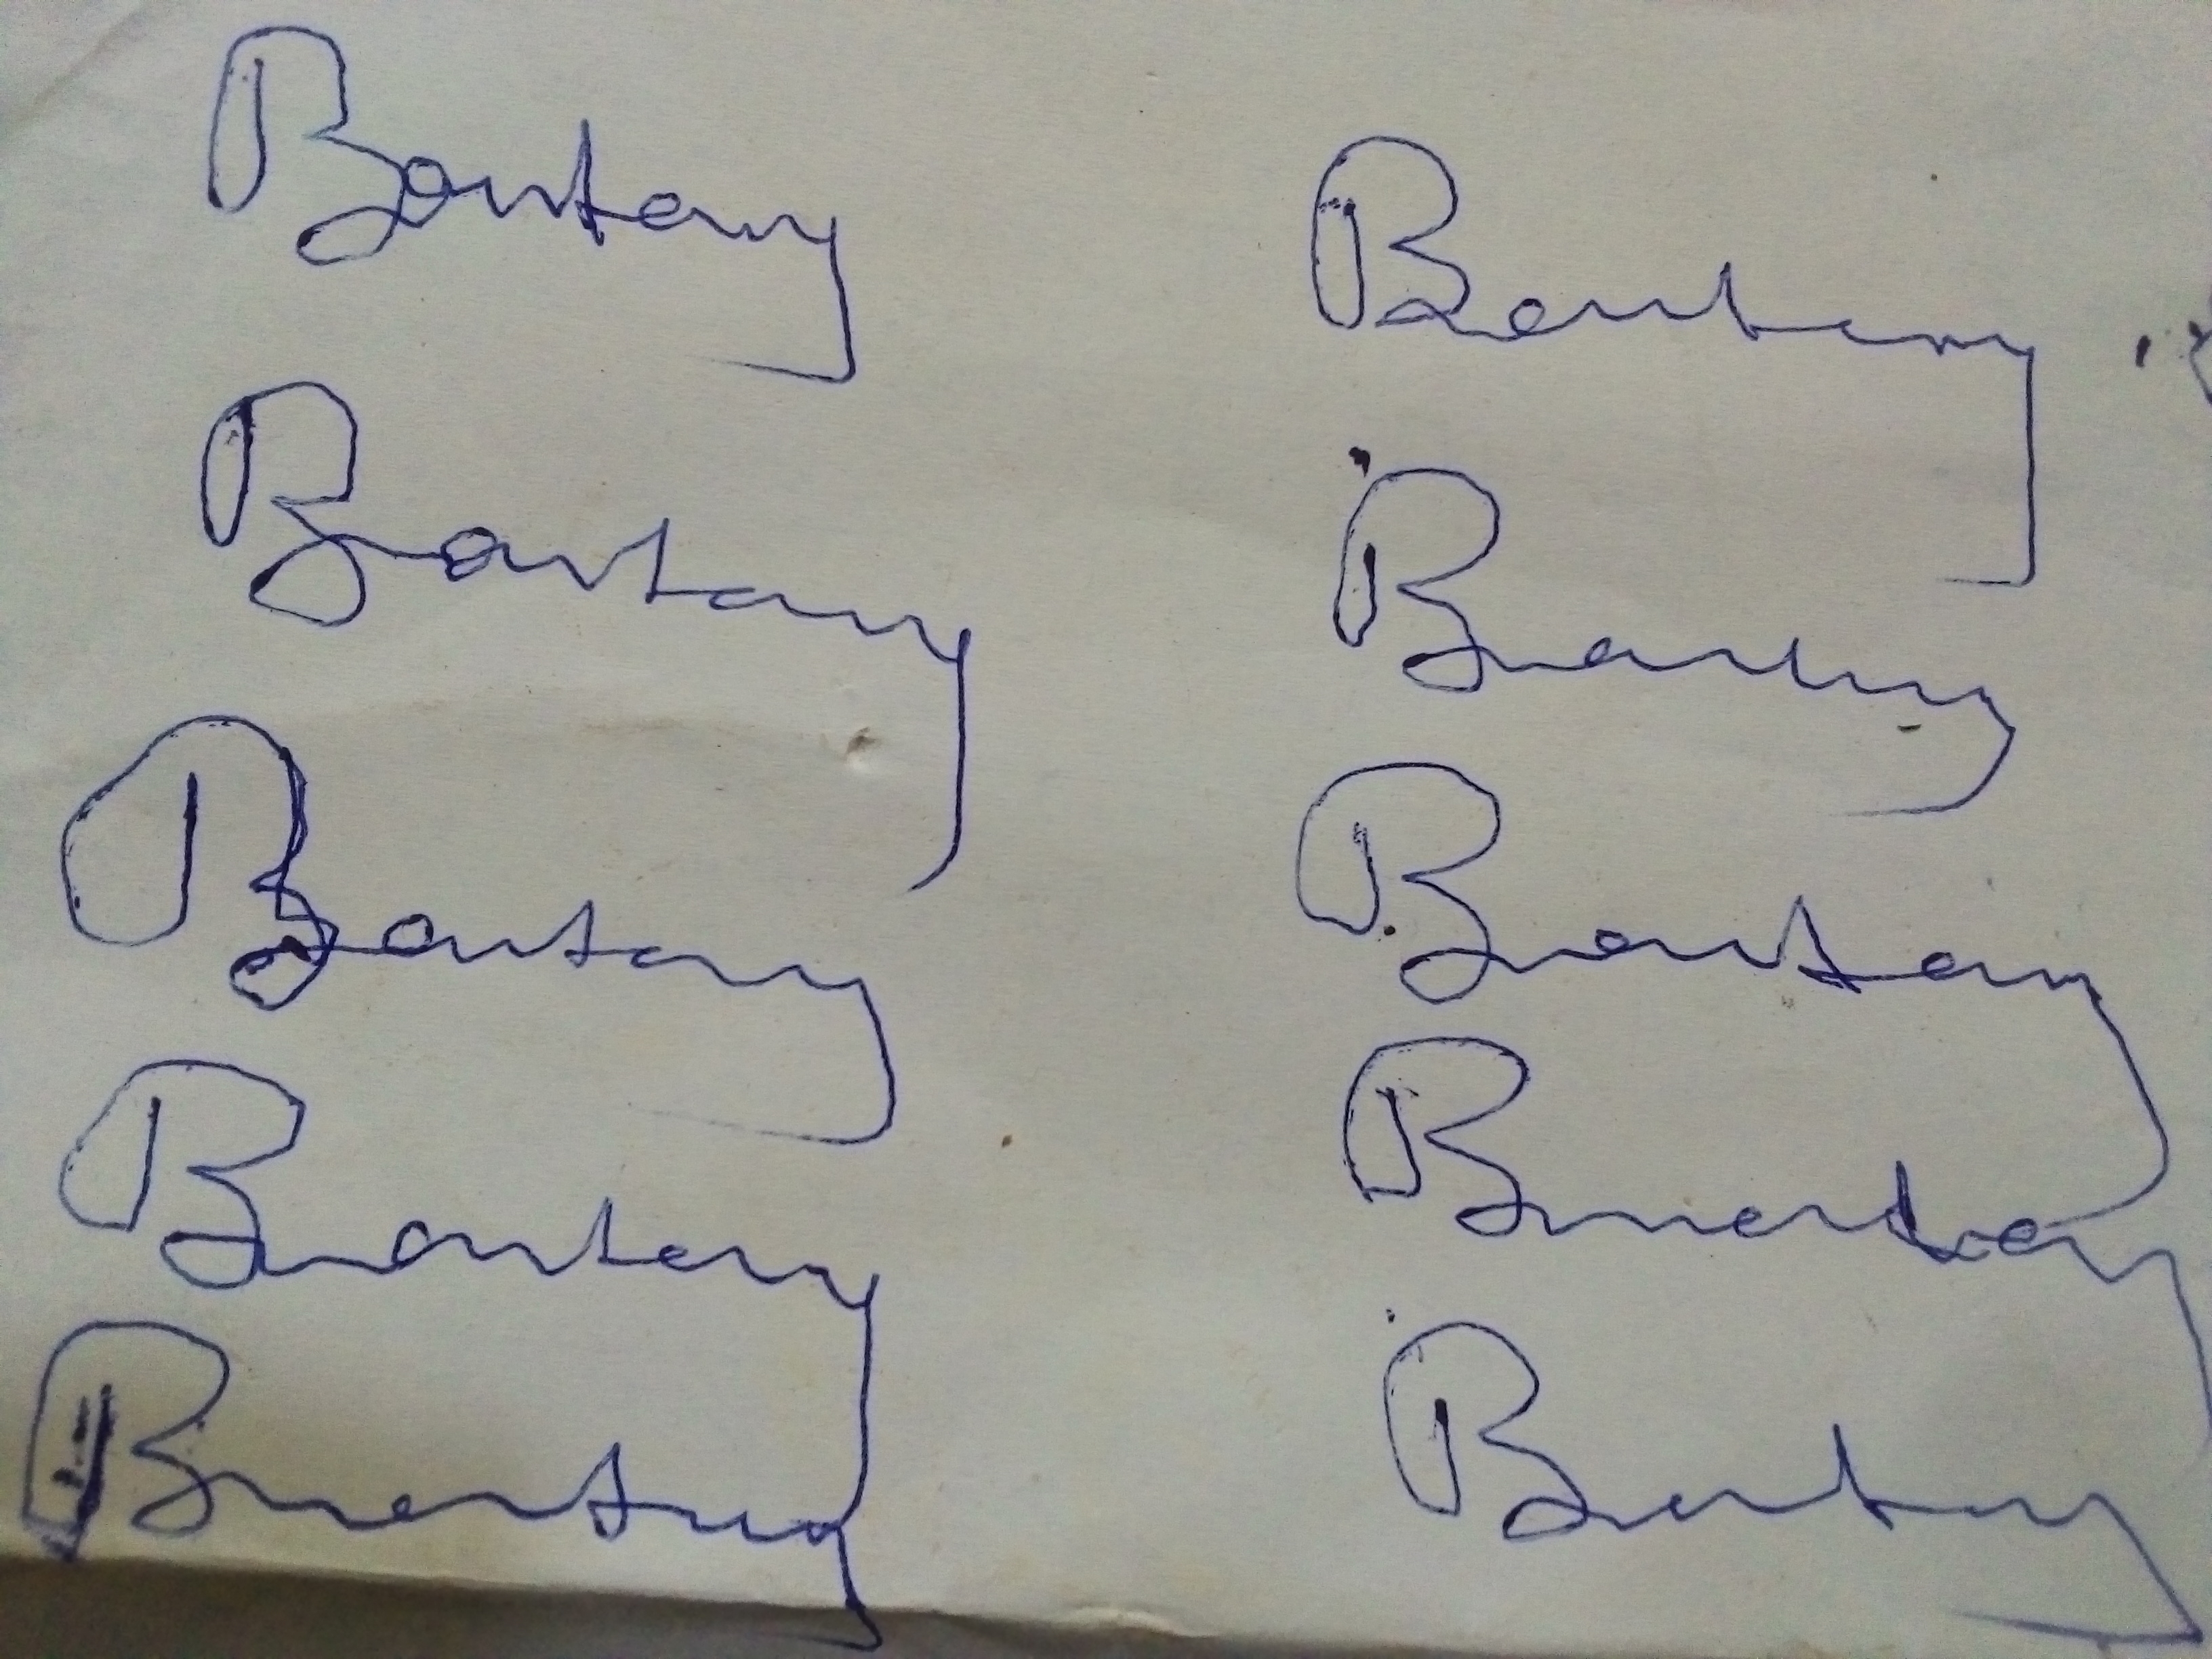
Signature authenticity: forged